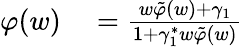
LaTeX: \begin{array}{rl}{\varphi(w)}&{{}=\frac{w\tilde{\varphi}(w)+\gamma_{1}}{1+\gamma_{1}^{*}w\tilde{\varphi}(w)}}\end{array}